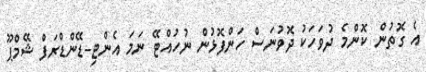
އެ ގޮތުން ކޮންމެ ދުވަހަކު ދޮވުނަސް ހަންފޮޅުން ނުހުއްޓޭ ނަމަ އެންޓި-ޑޭންޑްރަފް ޝޭމްޕޫ